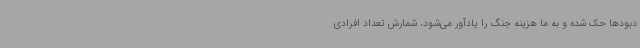
دبودها حک شده و به ما هزینه جنگ را یادآور می‌شود، شمارش تعداد افرادی